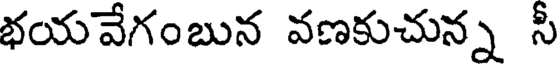
భయవేగంబున వణకుచున్న సీ